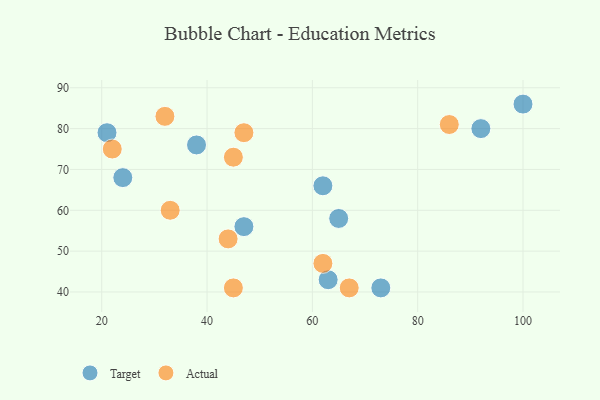
{"axis": {"x": "GDP", "y": "Life Expectancy"}, "legend": ["Actual", "Target"], "data": [{"x": "92", "y": 80, "type": "Target"}, {"x": "24", "y": 68, "type": "Target"}, {"x": "63", "y": 43, "type": "Target"}, {"x": "73", "y": 41, "type": "Target"}, {"x": "62", "y": 66, "type": "Target"}, {"x": "65", "y": 58, "type": "Target"}, {"x": "47", "y": 56, "type": "Target"}, {"x": "100", "y": 86, "type": "Target"}, {"x": "38", "y": 76, "type": "Target"}, {"x": "21", "y": 79, "type": "Target"}, {"x": "47", "y": 79, "type": "Actual"}, {"x": "45", "y": 73, "type": "Actual"}, {"x": "62", "y": 47, "type": "Actual"}, {"x": "32", "y": 83, "type": "Actual"}, {"x": "86", "y": 81, "type": "Actual"}, {"x": "22", "y": 75, "type": "Actual"}, {"x": "67", "y": 41, "type": "Actual"}, {"x": "33", "y": 60, "type": "Actual"}, {"x": "45", "y": 41, "type": "Actual"}, {"x": "44", "y": 53, "type": "Actual"}]}